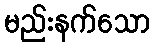
မည်းနက်သော